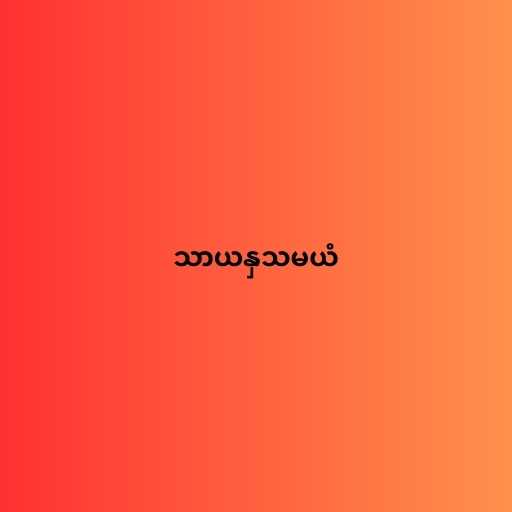
သာယနှသမယံ